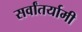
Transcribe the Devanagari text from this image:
सर्वांतर्यामी